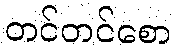
တင်တင်စော